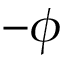
- \phi